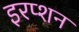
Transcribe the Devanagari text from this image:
इरप्शन